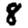
Digit: 8